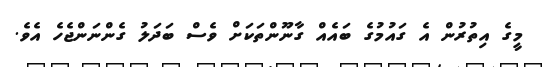
މީގެ އިތުރުން އެ ގައުމުގެ ބައެއް ގާނޫންތަކަށް ވެސް ބަދަލު ގެންނަންޖެހެ އެވެ.